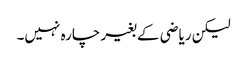
لیکن ریاضی کے بغیر چارہ نہیں۔